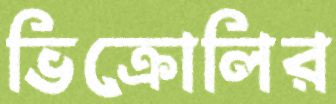
ভিক্রোলির